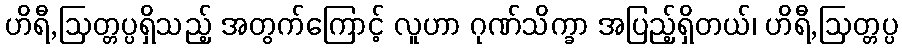
ဟိရီ,ဩတ္တပ္ပရှိသည့် အတွက်ကြောင့် လူဟာ ဂုဏ်သိက္ခာ အပြည့်ရှိတယ်၊ ဟိရီ,ဩတ္တပ္ပ